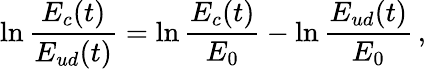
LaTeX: \ln\frac{E_{c}(t)}{E_{ud}(t)}=\ln\frac{E_{c}(t)}{E_{0}}-\ln\frac{E_{ud}(t)}{E_{0}}\, ,